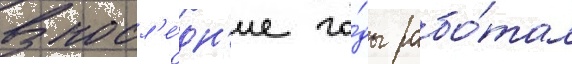
В посл'е́дн'ие го́ды рабо́тал